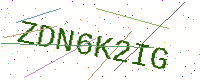
Text: ZDN6K2IG